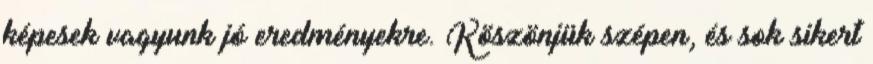
képesek vagyunk jó eredményekre. Köszönjük szépen, és sok sikert